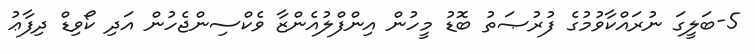
5-ބަލީގަ ނުރައްކާވުމުގެ ފުރުޞަތު ބޮޑު މީހުން އިންފްލުއެންޒާ ވެކްސިންޖެހުން އަދި ކޯވިޑް ދިފާޢު